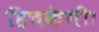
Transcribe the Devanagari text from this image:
हिचकेगी।